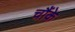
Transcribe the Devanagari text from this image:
चौंके